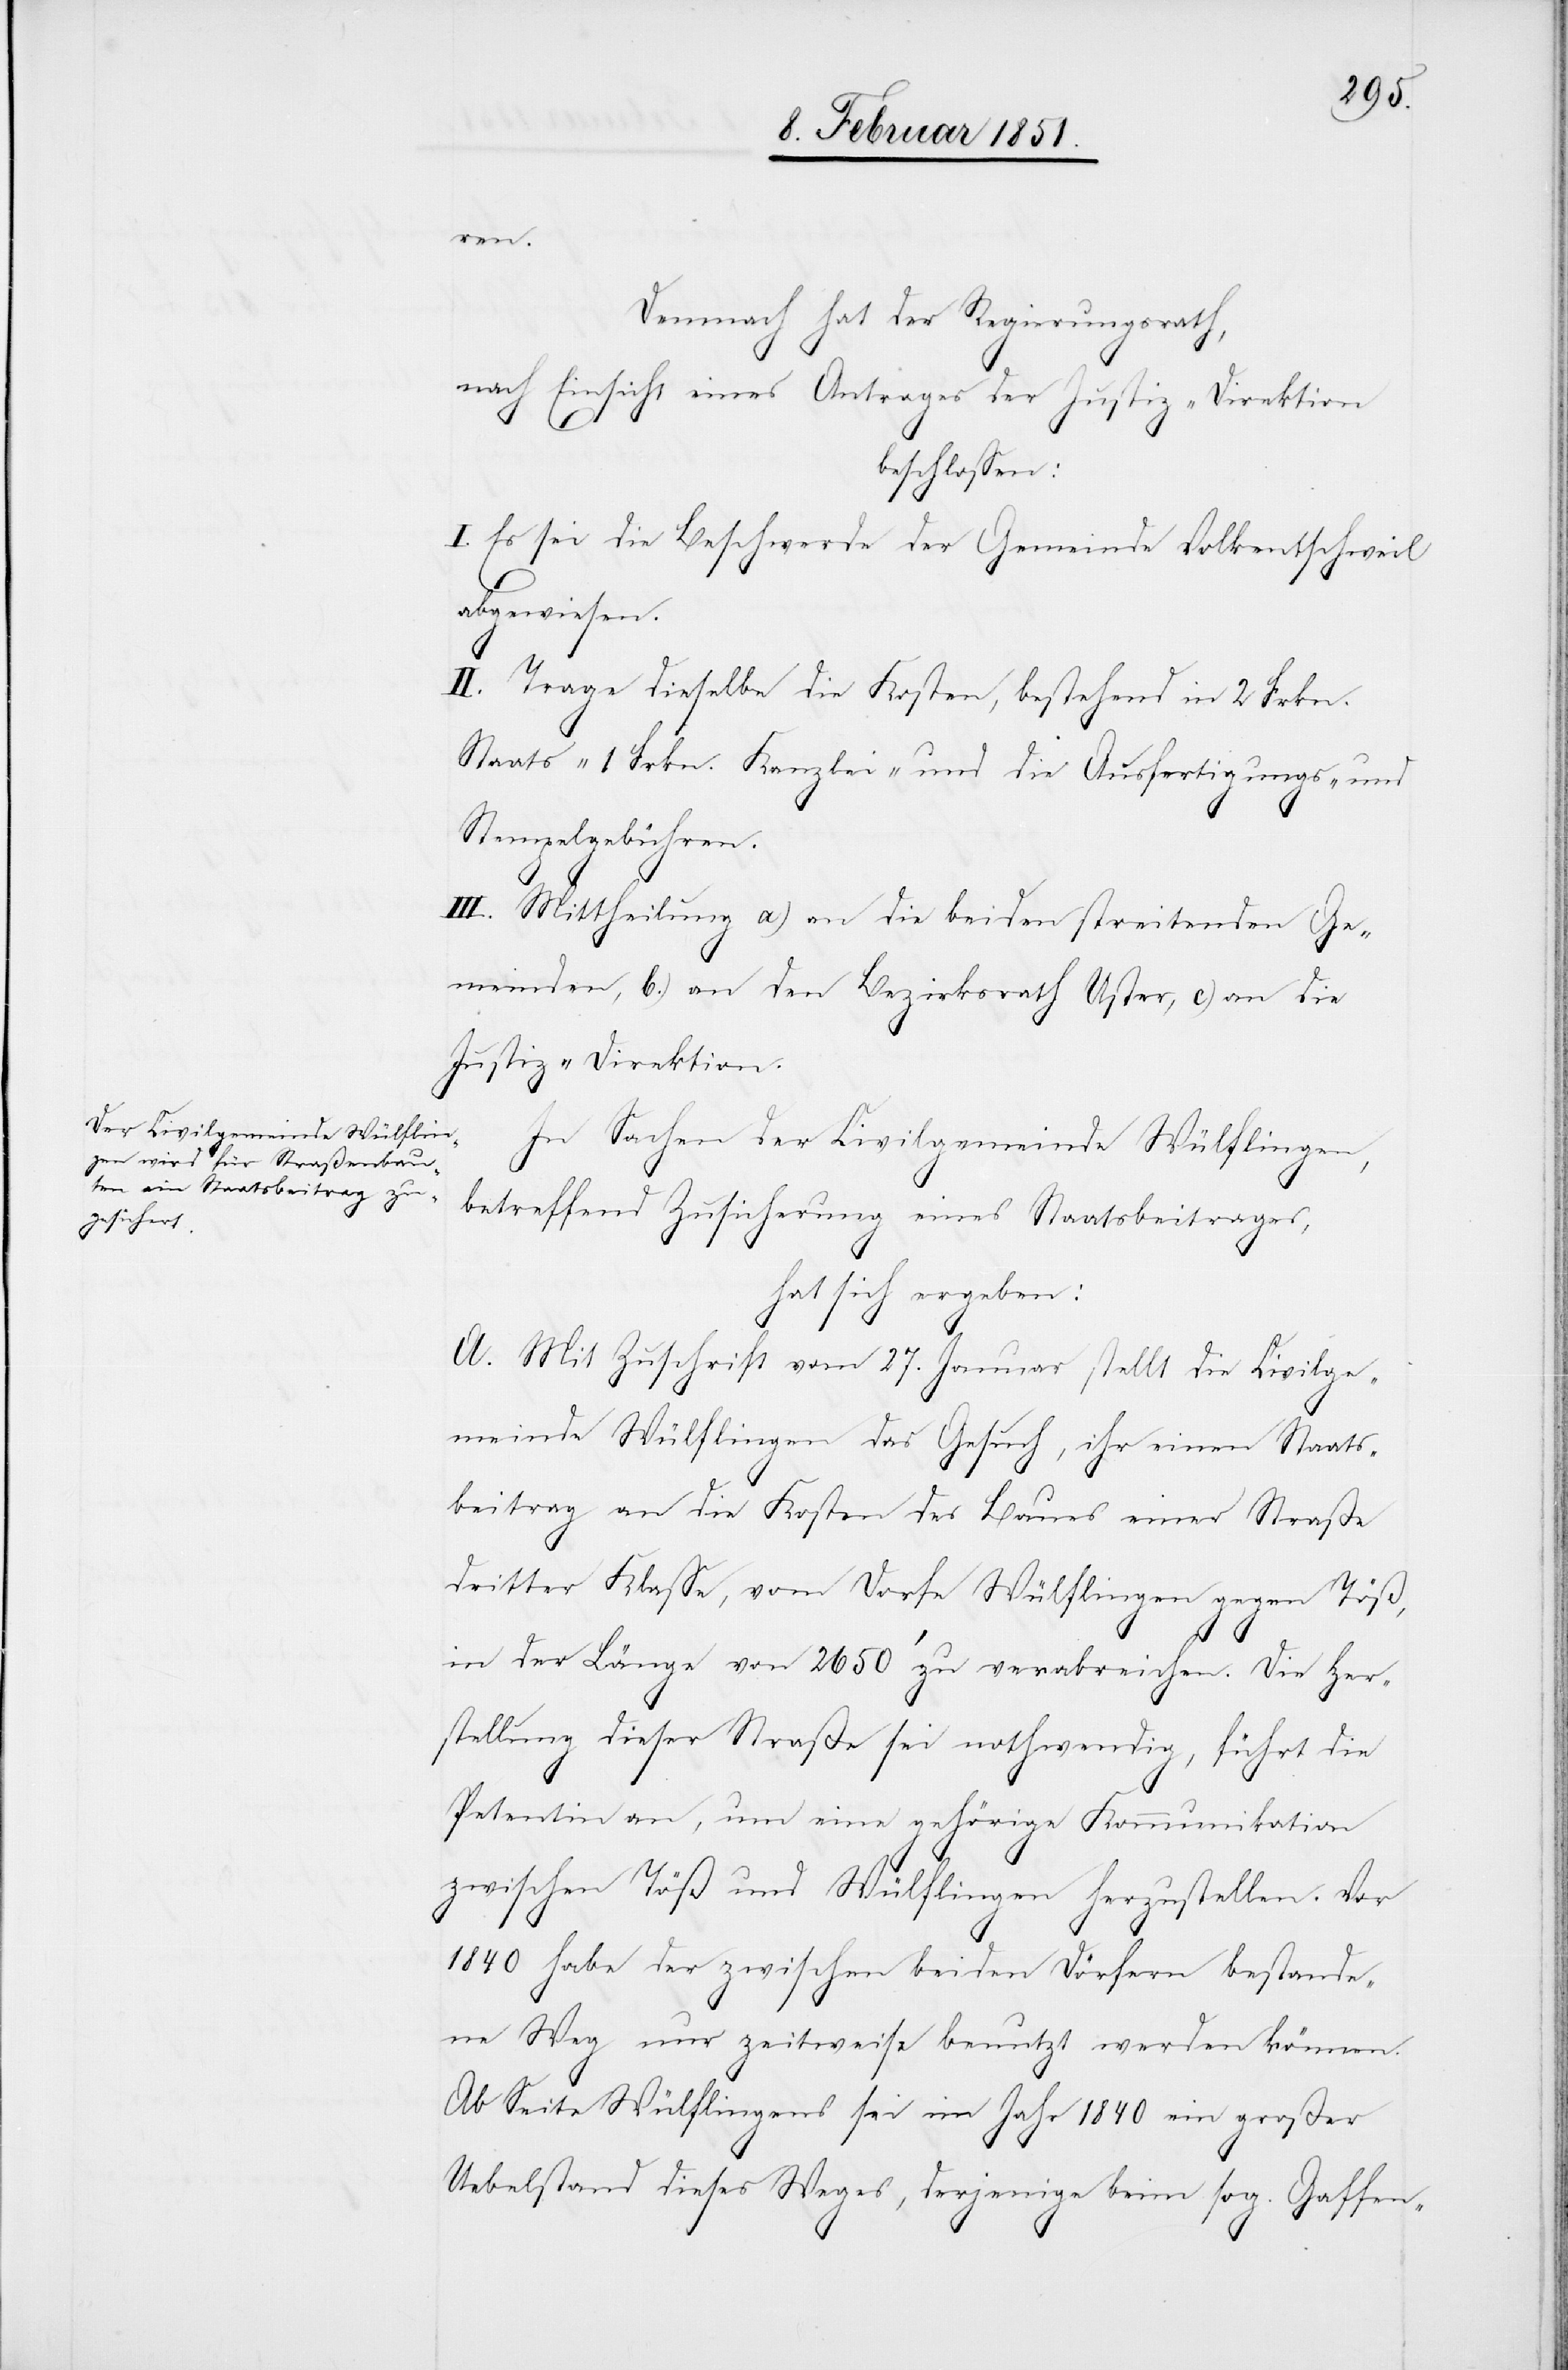
ren.
Demnach hat der Regierungsrath,
nach Einsicht eines Antrages der Justiz-Direktion
beschlossen:
I. Es sei die Beschwerde der Gemeinde Volkentschweil
abgewiesen.
II. Trage dieselbe die Kosten, bestehend in 2 Frkn.
Staats-[,] 1 Frkn. Kanzlei- und die Ausfertigungs- und
Stempelgebühren.
III. Mittheilung a) an die beiden streitenden Ge¬
meinden, b.) an den Bezirksrath Uster, c) an die
Justiz-Direktion.
In Sachen der Civilgemeinde Wülflingen,
betreffend Zusicherung eines Staatsbeitrages,
hat sich ergeben:
A. Mit Zuschrift vom 27. Januar stellt die Civilge¬
meinde Wülflingen das Gesuch, ihr einen Staats¬
beitrag an die Kosten des Baues einer Straße
dritter Klasse, vom Dorfe Wülflingen gegen Töß,
in der Länge von 2650‘ zu verabreichen. Die Her¬
stellung dieser Straße sei nothwendig, führt die
Petentin an, um eine gehörige Kommunikation
zwischen Töß und Wülflingen herzustellen. Vor
1840 habe der zwischen beiden Dörfern bestande¬
ne Weg nur zeitweise benutzt werden können.
Ab Seite Wülflingens sei im Jahr 1840 ein großer
Uebelstand dieses Weges, derjenige beim sog. Gaffen-